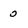
Character: 0